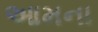
આમના